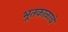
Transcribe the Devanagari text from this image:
भूतकाळाचे